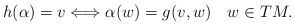
\begin{align*}h(\alpha) &= v \Longleftrightarrow \alpha(w) = g(v,w) \quad w\in TM .\end{align*}